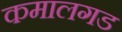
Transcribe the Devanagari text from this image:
कमालगड